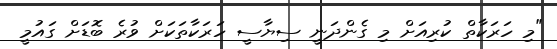
"މި ހަރަކާތް ކުރިއަށް މި ގެންދަނީ ސިޔާސީ ހަރަކާތަކަށް ވުރެ ބޮޑަށް ގައުމީ